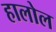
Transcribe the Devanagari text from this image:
हालोल